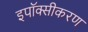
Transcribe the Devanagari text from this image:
इपॉक्सीकरण